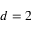
d = 2